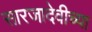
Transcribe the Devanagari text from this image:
सारजादेवीच्या